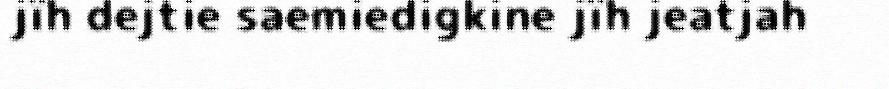
jïh dejtie saemiedigkine jïh jeatjah